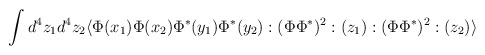
\begin{align*}\int d^{4}z_{1}d^{4}z_{2}\langle\Phi(x_{1})\Phi(x_{2})\Phi^{*}(y_{1})\Phi^{*}(y_{2}):(\Phi\Phi^{*})^{2}:(z_{1}):(\Phi\Phi^{*})^{2}:(z_{2})\rangle\end{align*}